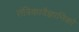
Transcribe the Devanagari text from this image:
तंत्रिकावैज्ञानिको